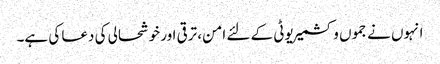
انہوں نے جموں وکشمیر یوٹی کے لئے امن، ترقی اور خوشحالی کی دعا کی ہے۔